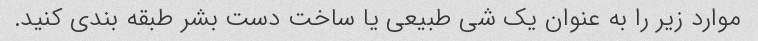
موارد زیر را به عنوان یک شی طبیعی یا ساخت دست بشر طبقه بندی کنید.